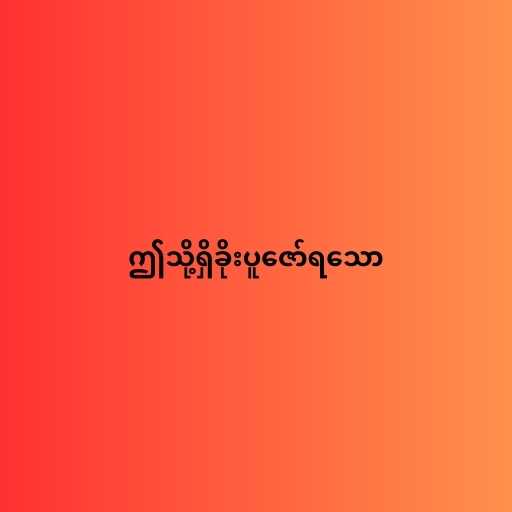
ဤသို့ရှိခိုးပူဇော်ရသော